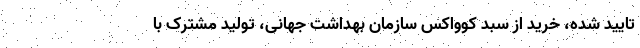
تایید شده، خرید از سبد کوواکس سازمان بهداشت جهانی، تولید مشترک با